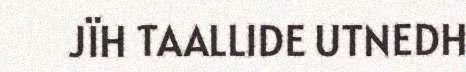
JÏH TAALLIDE UTNEDH